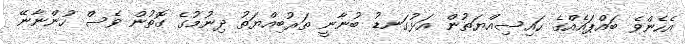
އެހެންވެ ބައްޕައެއްގެ ހައިސިއްޔަތުން އަޅުގަނޑު ބުނާނީ ތަރުބިއްޔަތު ދިނުމުގެ ގޮތުން ވެސް ހުންނާނޭ